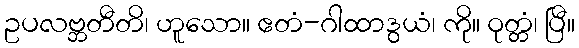
ဥပလဗ္ဘတီတိ၊ ဟူသော။ ဧတံ-ဂါထာဒွယံ၊ ကို။ ဝုတ္တံ၊ ပြီ။